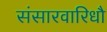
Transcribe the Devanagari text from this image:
संसारवारिधौ